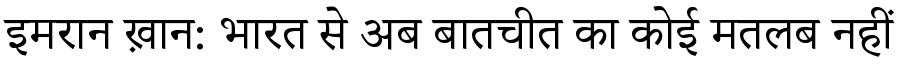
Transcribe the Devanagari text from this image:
इमरान ख़ान: भारत से अब बातचीत का कोई मतलब नहीं